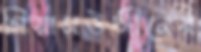
গিয়াসউদ্দীনের